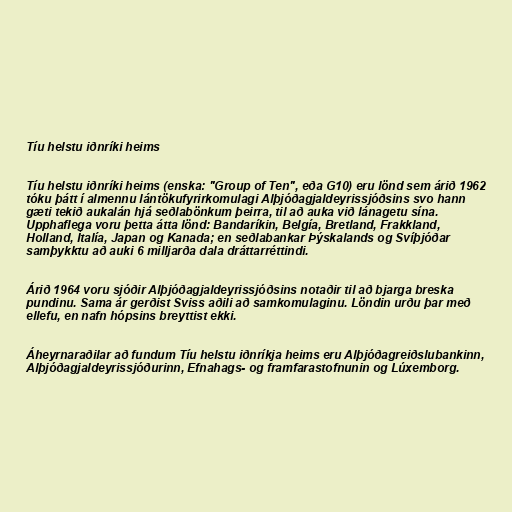
Tíu helstu iðnríki heims

Tíu helstu iðnríki heims (enska: "Group of Ten", eða G10) eru lönd sem árið 1962
tóku þátt í almennu lántökufyrirkomulagi Alþjóðagjaldeyrissjóðsins svo hann
gæti tekið aukalán hjá seðlabönkum þeirra, til að auka við lánagetu sína.
Upphaflega voru þetta átta lönd: Bandaríkin, Belgía, Bretland, Frakkland,
Holland, Ítalía, Japan og Kanada; en seðlabankar Þýskalands og Svíþjóðar
samþykktu að auki 6 milljarða dala dráttarréttindi.

Árið 1964 voru sjóðir Alþjóðagjaldeyrissjóðsins notaðir til að bjarga breska
pundinu. Sama ár gerðist Sviss aðili að samkomulaginu. Löndin urðu þar með
ellefu, en nafn hópsins breyttist ekki.

Áheyrnaraðilar að fundum Tíu helstu iðnríkja heims eru Alþjóðagreiðslubankinn,
Alþjóðagjaldeyrissjóðurinn, Efnahags- og framfarastofnunin og Lúxemborg.